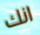
انك